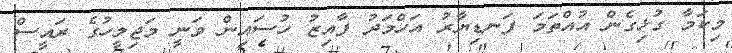
މިކަމާ ގުޅިގެން އުއްތަމަ ފަނޑިޔާރު އަހްމަދު ފާއިޒު ހުސައިން ވަނީ މަޖިލީހުގެ ރައީސް